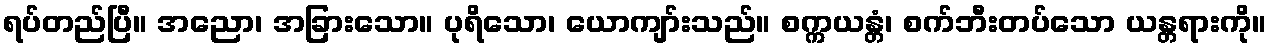
ရပ်တည်ပြီ။ အညော၊ အခြားသော။ ပုရိသော၊ ယောကျာ်းသည်။ စက္ကယန္တံ၊ စက်ဘီးတပ်သော ယန္တရားကို။